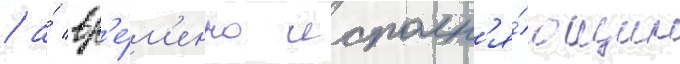
/ а́ вр'е́м'енно исполн'я́ющим